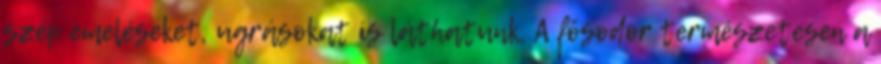
szép emeléseket, ugrásokat is láthatunk. A fősodor természetesen a